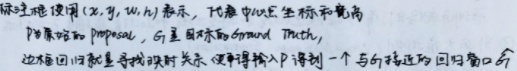
标注框使用\((x, y, w, h)\)表示，代表中心点坐标和宽高。\(P\)是原始的\(\text{Proposal}\)，\(G\)是目标的\(\text{Ground Truth}\)。边框回归就是寻找映射关系，使得输入\(P\)得到一个与\(G\)接近的回归窗口\(\hat{G}\)。